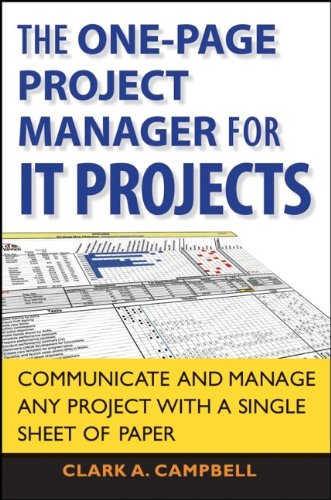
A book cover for The One Page Project Manager for IT Projects: Communicate and Manage Any Project With A Single Sheet of Paper; Clark A. Campbell; Computers & Technology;